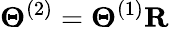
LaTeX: \boldsymbol\Theta^{(2)}=\boldsymbol\Theta^{(1)}\mathbf{R}